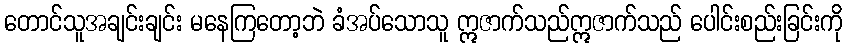
တောင်သူအချင်းချင်း မနေကြတော့ဘဲ ခံအပ်သောသူ ဣဇာက်သည်ဣဇာက်သည် ပေါင်းစည်းခြင်းကို